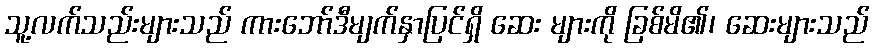
သူ့လက်သည်းများသည် ကားဘော်ဒီမျက်နှာပြင်ရှိ ဆေး များကို ခြစ်မိ၏၊ ဆေးများသည်